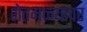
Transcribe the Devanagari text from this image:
शेतमळ्यावर